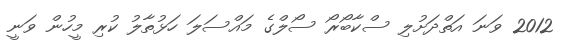
2012 ވަނަ އަތްދަށުލި ސްކާބޯރޯ ސޯލްގެ މައްސަލަ ހަޅުތާލު ކުރި މީހުން ވަނީ